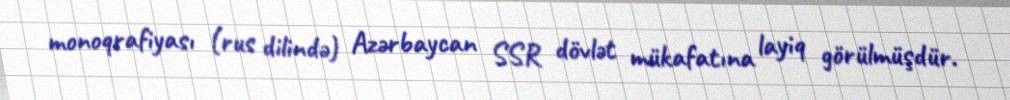
monoqrafiyası (rus dilində) Azərbaycan SSR dövlət mükafatına layiq görülmüşdür.